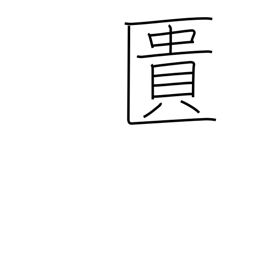
Meaning: coffer